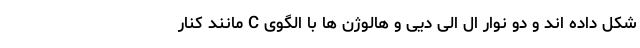
شکل داده اند و دو نوار ال الی دیی و هالوژن ها با الگوی C مانند کنار